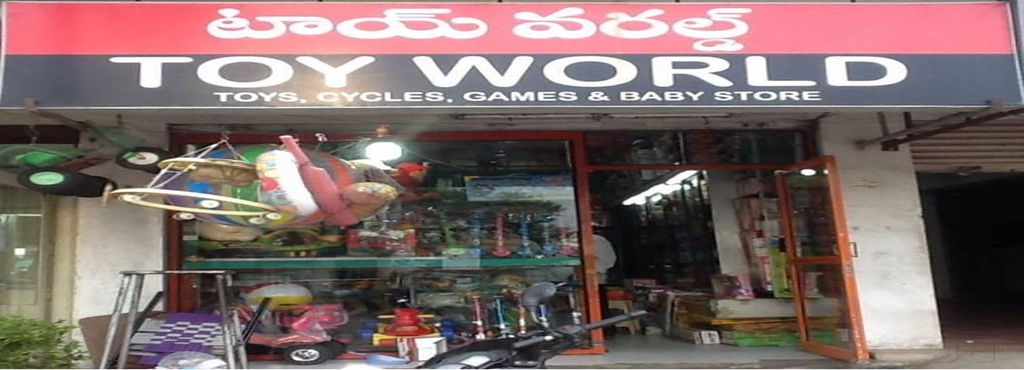
Language: telugu
Transcription: టాయ్ వరల్డ్